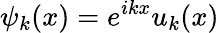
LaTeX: \psi_{k}(x)=e^{ikx}u_{k}(x)